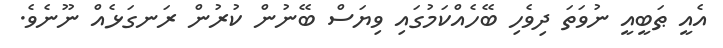
އެއީ ޠަބީއީ ނުވަތަ ދިވެހި ބޭހެއްކަމުގައި ވިޔަސް ބޭނުން ކުރުން ރަނގަޅެއް ނޫނެވެ.